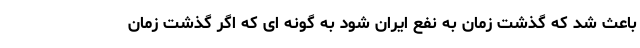
باعث شد که گذشت زمان به نفع ایران شود به گونه ای که اگر گذشت زمان